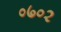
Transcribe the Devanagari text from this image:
०७०२